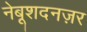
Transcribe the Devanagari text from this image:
नेबूशदनज़र